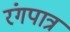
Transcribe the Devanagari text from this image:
रंगपात्र